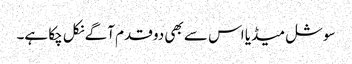
سوشل میڈیا اس سے بھی دو قدم آگے نکل چکا ہے۔